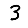
Digit: 3